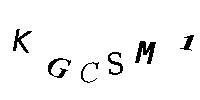
KGCSM1